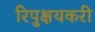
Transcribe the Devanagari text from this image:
रिपुक्षयकरी